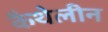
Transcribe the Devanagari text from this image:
कैथेलीन